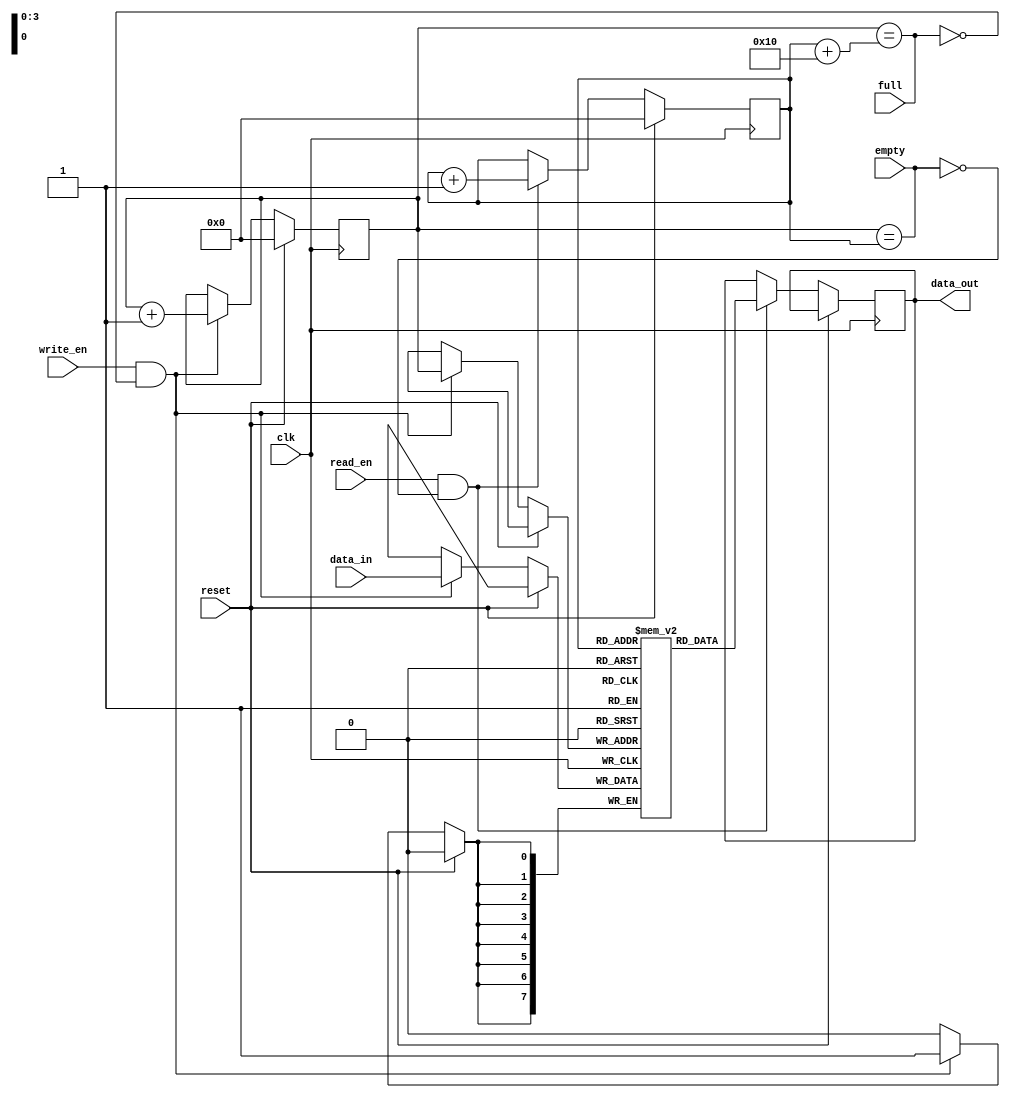
module FIFO (
  input wire clk,
  input wire reset,
  input wire write_en,
  input wire read_en,
  input wire [DATA_WIDTH-1:0] data_in,
  output wire [DATA_WIDTH-1:0] data_out,
  input wire full,
  input wire empty
);

parameter DATA_WIDTH = 8;
parameter FIFO_SIZE = 16;

reg [DATA_WIDTH-1:0] fifo[FIFO_SIZE-1:0];
reg [3:0] head, tail;

always @(posedge clk) begin
  if (reset) begin
    head <= 4'd0;
    tail <= 4'd0;
  end else begin
    if (write_en && ~full) begin
      fifo[head] <= data_in;
      head <= head + 1;
    end
    if (read_en && ~empty) begin
      data_out <= fifo[tail];
      tail <= tail + 1;
    end
  end
end

assign full = (head == tail + FIFO_SIZE);
assign empty = (head == tail);

endmodule